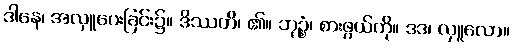
ဒါနေ၊ အလှူပေးခြင်း၌။ ဒိဿတိ၊ ၏။ ဘုဉ္စံ၊ စားဖွယ်ကို။ ဒဒ၊ လှူလော။